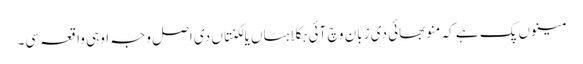
مینوں پک ہے کہ منو بھائی دی زبان وچ آئی ہکلاہٹاں یا لکنتاں دی اصل وجہ اوہی واقعہ سی۔